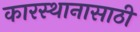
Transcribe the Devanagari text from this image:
कारस्थानासाठी